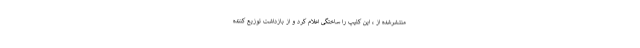
منتشرشده از ، این کلیپ را ساختگی اعلام کرد و از بازداشت توزیع کننده